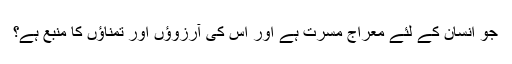
جو انسان کے لئے معراج مسرت ہے اور اس کی آرزوؤں اور تمناؤں کا منبع ہے؟